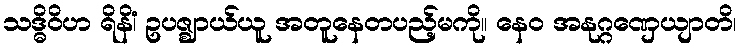
သဒ္ဓိဝိဟ ရိနိံ၊ ဥပဇ္ဈာယ်ယူ အတူနေတပည့်မကို။ နေဝ အနုဂ္ဂဏှေယျာတိ၊